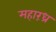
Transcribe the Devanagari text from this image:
महारंध्र